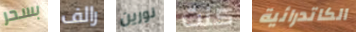
بسحر رالف نورين كنت الكاتدرائية